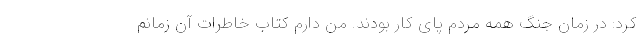
کرد: در زمان جنگ همه مردم پای کار بودند. من دارم کتاب خاطرات آن زمانم